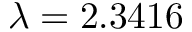
\lambda = 2 . 3 4 1 6